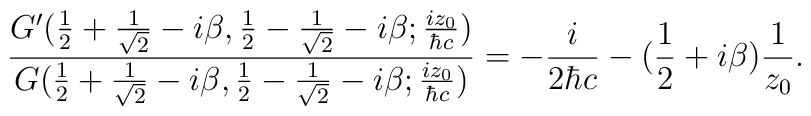
\frac{G^{\prime}(\frac{1}{2} + \frac{1}{\sqrt{2}} -i{\beta},\frac{1}{2} - \frac{1}{\sqrt{2}} -i{\beta}; \frac{iz_0}{{\hbar}c})}{G(\frac{1}{2} + \frac{1}{\sqrt{2}} -i{\beta},\frac{1}{2} - \frac{1}{\sqrt{2}} -i{\beta}; \frac{iz_0}{{\hbar}c} )}= - \frac{i}{2{\hbar}c} - (\frac{1}{2} +i{\beta})\frac{1}{z_0}.